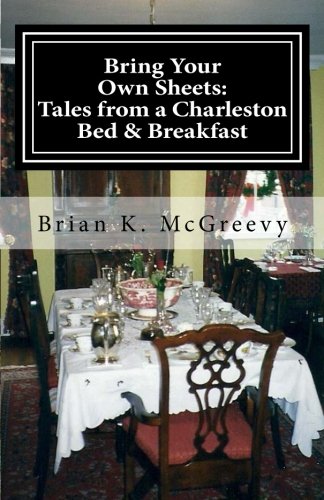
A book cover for Bring Your Own Sheets: Tales from a Charleston Bed and Breakfast; Brian K. McGreevy; Travel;